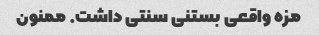
مزه واقعی بستنی سنتی داشت. ممنون